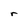
Character: r